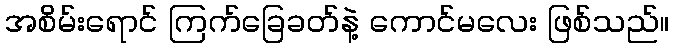
အစိမ်းရောင် ကြက်ခြေခတ်နဲ့ ကောင်မလေး ဖြစ်သည်။